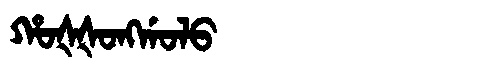
Manchu: ᡥᠣᡧᡧᠣᠩᡤᠣᠯᠣ
Romanization: HOŠŠONGGOLO